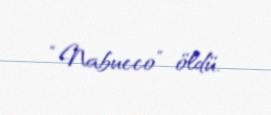
“Nabucco” öldü.